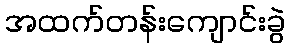
အထက်တန်းကျောင်းခွဲ